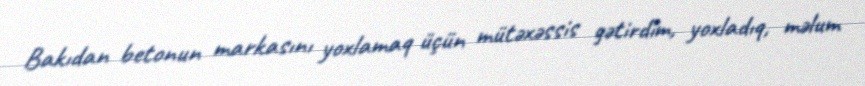
Bakıdan betonun markasını yoxlamaq üçün mütəxəssis gətirdim, yoxladıq, məlum